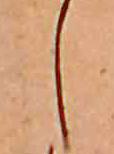
し